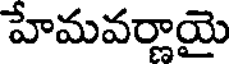
హేమవర్ణాయై